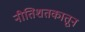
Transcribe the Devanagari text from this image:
नीतिशतकातून